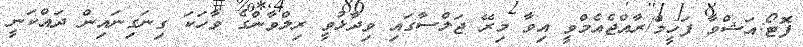
ފޮޓޯ:އަޝްވާ ފަހީމް/ރާއްޖެއެމްވީ އިވާ މިރޭ ޖަލްސާގައި ވިދާޅުވީ ރިލްވާންގެ ވާހަކަ ގިނަގިނައިން ދައްކަނީ